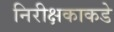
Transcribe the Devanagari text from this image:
निरीक्षकाकडे